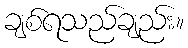
ချစ်ရသည်ချည်း။